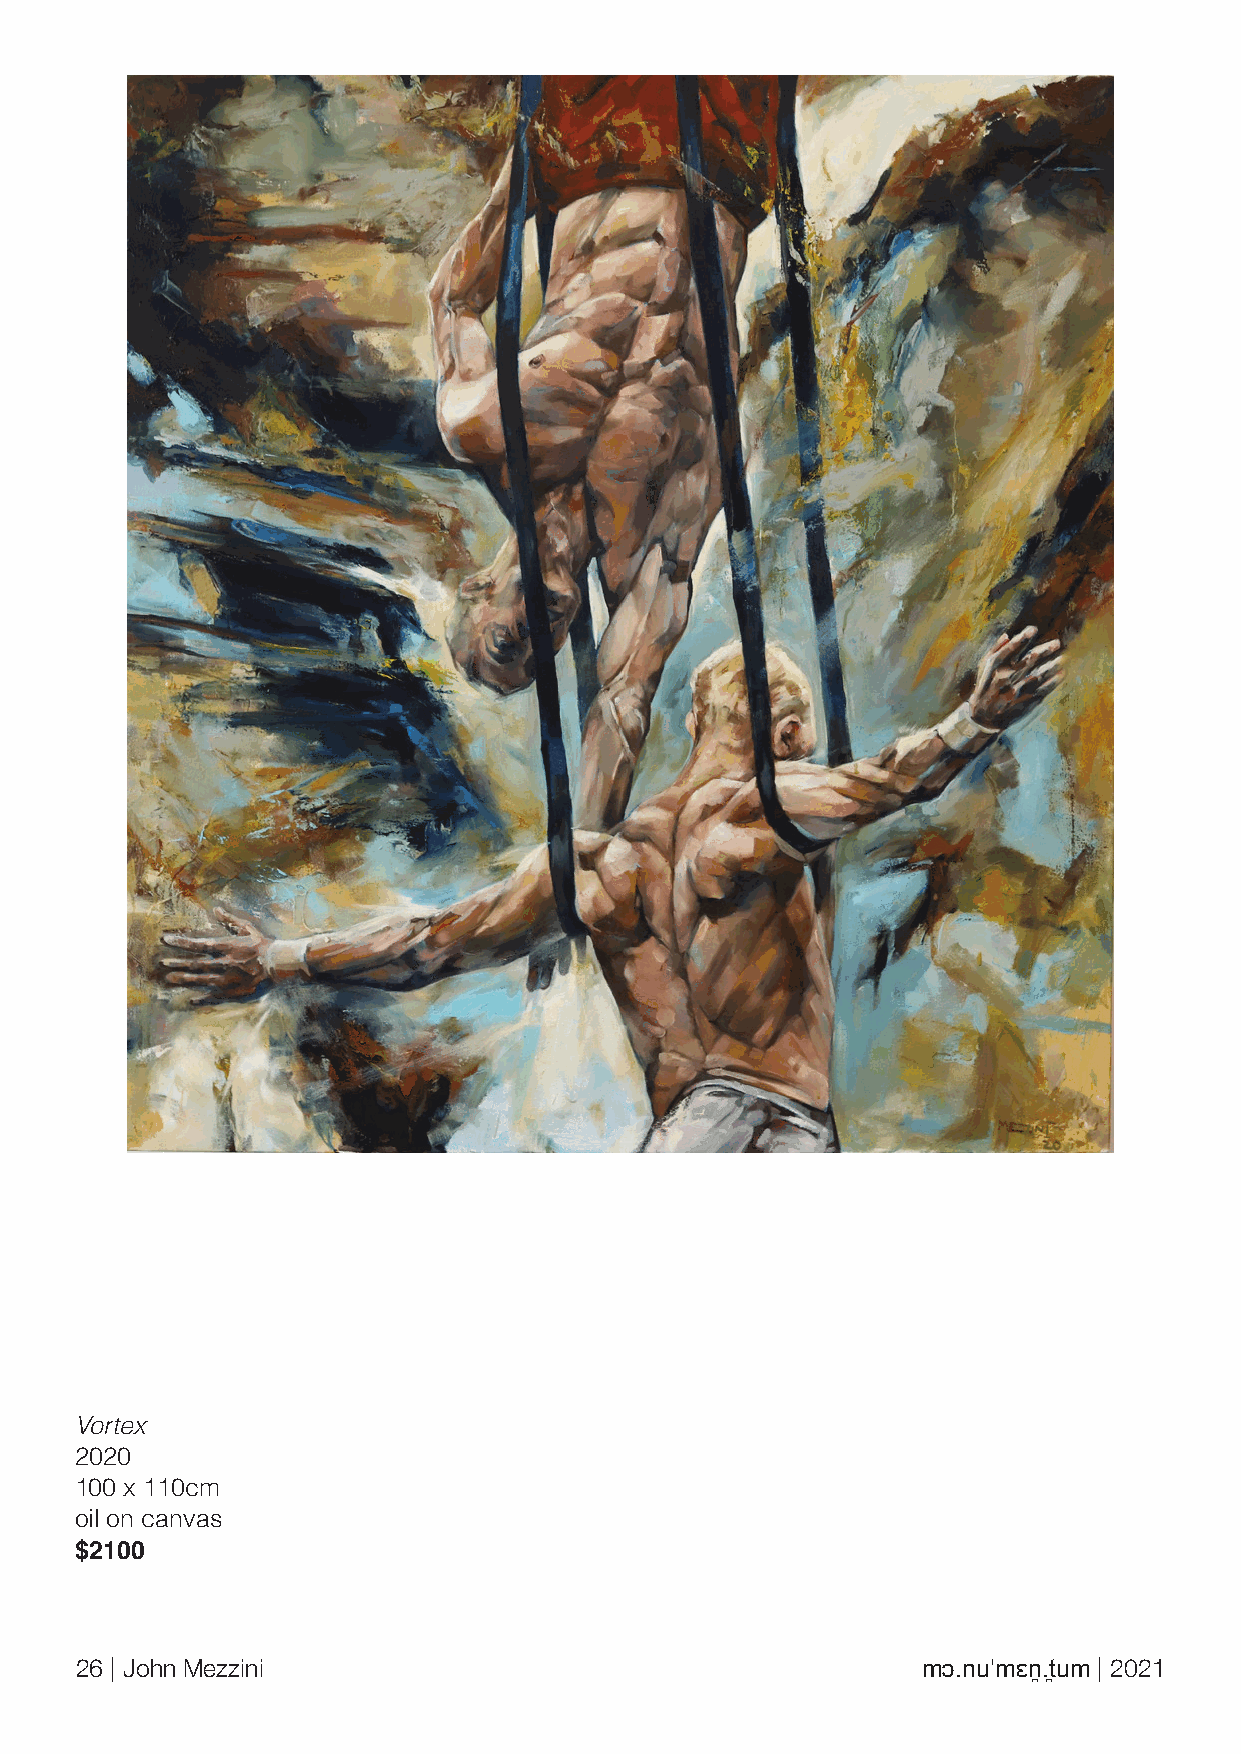
Vortex
 2020
 100 x 110cm
 oil on canvas
 $2100
 26 | John Mezzini                                       mɔ.nuˈmɛn̪.t̪um | 2021